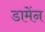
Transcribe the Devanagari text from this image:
डामेंन